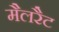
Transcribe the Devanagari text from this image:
मैलरैट